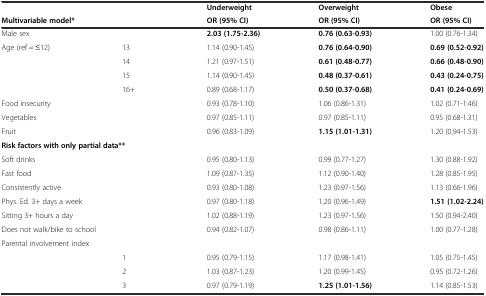
<table><thead><tr><td>[EMPTY_CELL]</td><td>[EMPTY_CELL]</td><td><b>Underweight</b></td><td><b>Overweight</b></td><td><b>Obese</b></td></tr><tr><td colspan="2"><b>Multivariable model*</b></td><td><b>OR (95% CI)</b></td><td><b>OR (95% CI)</b></td><td><b>OR (95% CI)</b></td></tr></thead><tbody><tr><td>Male sex</td><td>[EMPTY_CELL]</td><td><b>2.03 (1.75-2.36)</b></td><td><b>0.76 (0.63-0.93)</b></td><td>1.00 (0.76-1.34)</td></tr><tr><td>Age (ref = ≤12)</td><td>13</td><td>1.14 (0.90-1.45)</td><td><b>0.76 (0.64-0.90)</b></td><td><b>0.69 (0.52-0.92)</b></td></tr><tr><td>[EMPTY_CELL]</td><td>14</td><td>1.21 (0.97-1.51)</td><td><b>0.61 (0.48-0.77)</b></td><td><b>0.66 (0.48-0.90)</b></td></tr><tr><td>[EMPTY_CELL]</td><td>15</td><td>1.14 (0.90-1.45)</td><td><b>0.48 (0.37-0.61)</b></td><td><b>0.43 (0.24-0.75)</b></td></tr><tr><td>[EMPTY_CELL]</td><td>16+</td><td>0.89 (0.68-1.17)</td><td><b>0.50 (0.37-0.68)</b></td><td><b>0.41 (0.24-0.69)</b></td></tr><tr><td colspan="2">Food insecurity</td><td>0.93 (0.78-1.10)</td><td>1.06 (0.86-1.31)</td><td>1.02 (0.71-1.46)</td></tr><tr><td colspan="2">Vegetables</td><td>0.97 (0.85-1.11)</td><td>0.97 (0.85-1.11)</td><td>0.95 (0.68-1.31)</td></tr><tr><td>Fruit</td><td>[EMPTY_CELL]</td><td>0.96 (0.83-1.09)</td><td><b>1.15 (1.01-1.31)</b></td><td>1.20 (0.94-1.53)</td></tr><tr><td colspan="3"><b>Risk factors with only partial data**</b></td><td>[EMPTY_CELL]</td><td>[EMPTY_CELL]</td></tr><tr><td colspan="2">Soft drinks</td><td>0.95 (0.80-1.13)</td><td>0.99 (0.77-1.27)</td><td>1.30 (0.88-1.92)</td></tr><tr><td>Fast food</td><td>[EMPTY_CELL]</td><td>1.09 (0.87-1.35)</td><td>1.12 (0.90-1.40)</td><td>1.28 (0.85-1.95)</td></tr><tr><td colspan="2">Consistently active</td><td>0.93 (0.80-1.08)</td><td>1.23 (0.97-1.56)</td><td>1.13 (0.66-1.96)</td></tr><tr><td colspan="2">Phys. Ed. 3+ days a week</td><td>0.97 (0.80-1.18)</td><td>1.20 (0.96-1.49)</td><td><b>1.51 (1.02-2.24)</b></td></tr><tr><td colspan="2">Sitting 3+ hours a day</td><td>1.02 (0.88-1.19)</td><td>1.23 (0.97-1.56)</td><td>1.50 (0.94-2.40)</td></tr><tr><td colspan="2">Does not walk/bike to school</td><td>0.94 (0.82-1.07)</td><td>0.98 (0.86-1.11)</td><td>1.00 (0.77-1.28)</td></tr><tr><td colspan="2">Parental involvement index</td><td>[EMPTY_CELL]</td><td>[EMPTY_CELL]</td><td>[EMPTY_CELL]</td></tr><tr><td>[EMPTY_CELL]</td><td>1</td><td>0.95 (0.79-1.15)</td><td>1.17 (0.98-1.41)</td><td>1.05 (0.75-1.45)</td></tr><tr><td>[EMPTY_CELL]</td><td>2</td><td>1.03 (0.87-1.23)</td><td>1.20 (0.99-1.45)</td><td>0.95 (0.72-1.26)</td></tr><tr><td>[EMPTY_CELL]</td><td>3</td><td>0.97 (0.79-1.19)</td><td><b>1.25 (1.01-1.56)</b></td><td>1.14 (0.85-1.53)</td></tr></tbody></table>